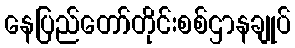
နေပြည်တော်တိုင်းစစ်ဌာနချုပ်